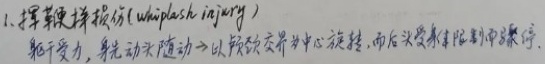
挥鞭样损伤 (whiplash injury)：躯干受力，率先头动随动，以颈颈交界为中心旋转，而后头受惯性制动而骤停。